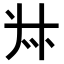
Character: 𠦑